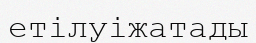
етілуіжатады